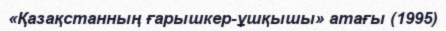
«Қазақстанның ғарышкер-ұшқышы» атағы (1995)